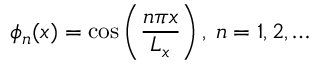
\phi _ { n } ( x ) = \cos \left( \frac { n \pi x } { L _ { x } } \right) , \: n = 1 , 2 , \ldots